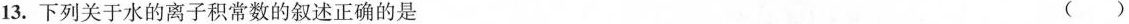
13.下列关于水的离子积常数的叙述正确的是 ()